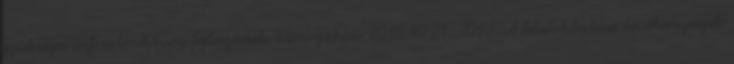
szükséges infrastruktúra fejlesztések támogatása 2010.10.21. 2010. A felsőoktatási tevékenységek